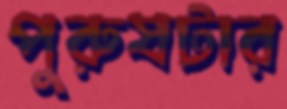
পুরুষটার